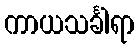
ကာယသင်္ခါရာ